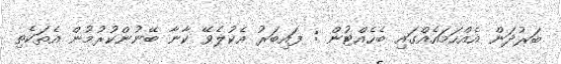
ބަރުދަން އެއްހަމައެއްގައި ބެހެއްޓުން : ފައިބަރު އެކުލެވޭ ކާނާ ބޭނުންކުރުމުން އެތަކެތި